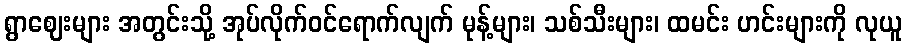
ရွာဈေးများ အတွင်းသို့ အုပ်လိုက်ဝင်ရောက်လျက် မုန့်များ၊ သစ်သီးများ၊ ထမင်း ဟင်းများကို လုယူ